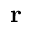
\boldsymbol { \mathbf { r } }